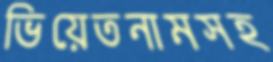
ভিয়েতনামসহ